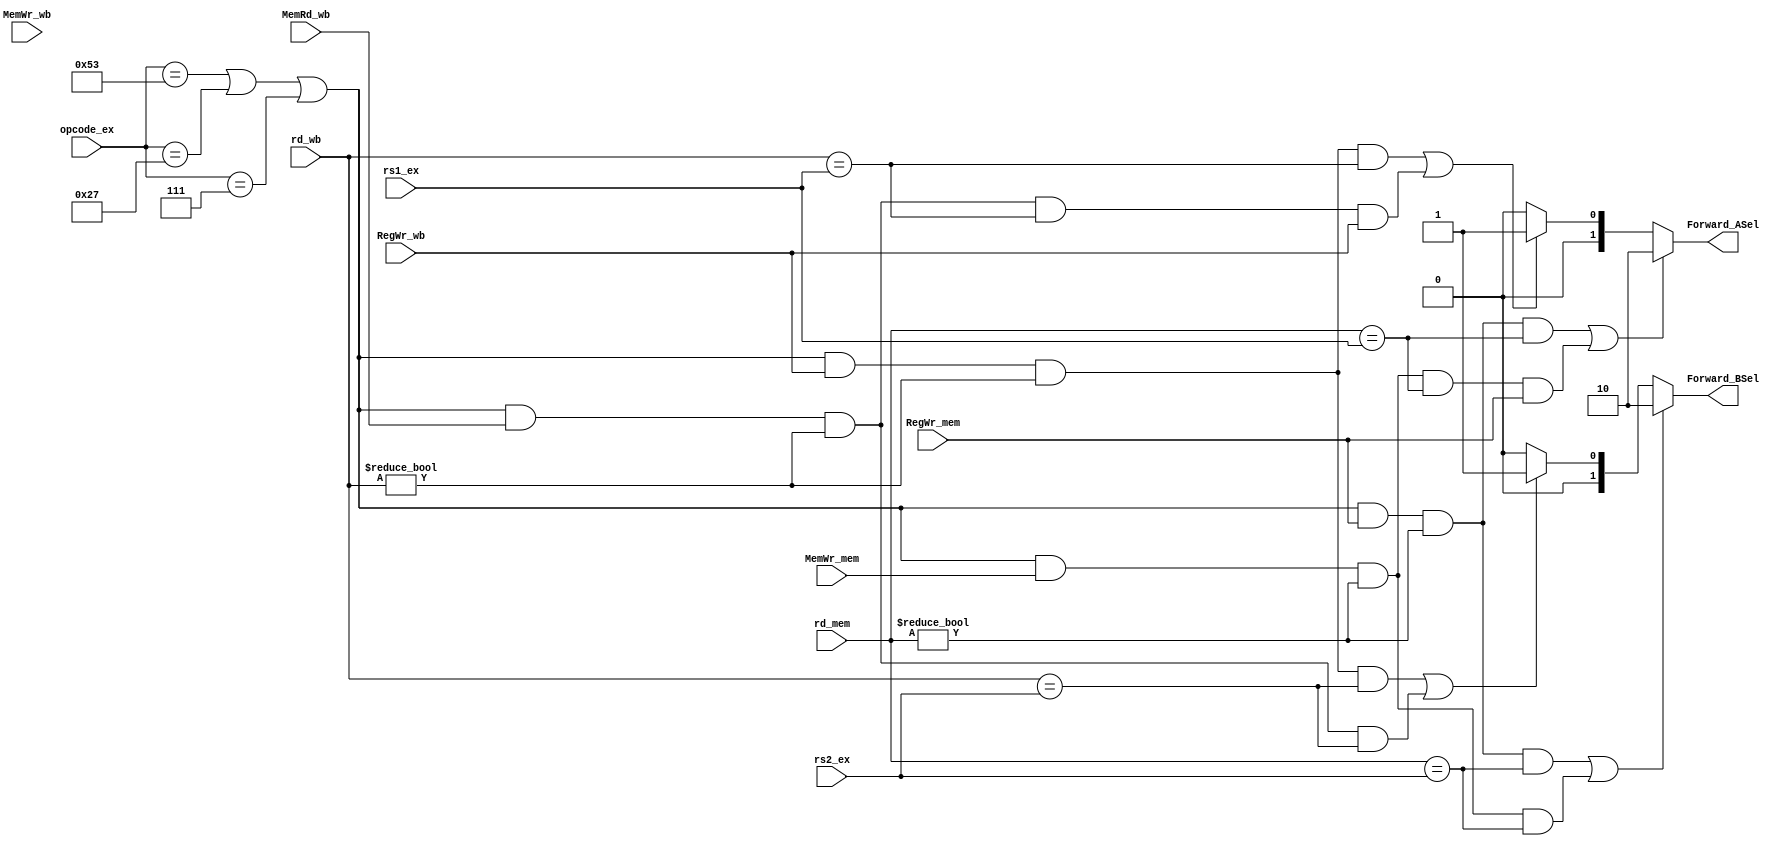
// FPU basic data hazard resolved by using Forwarding unit

module Forwarding_Unit_FP (
    input  wire [4:0]  rs1_ex     , // from Reg_ID_EX
    input  wire [4:0]  rs2_ex     , // from Reg_ID_EX
    input  wire [4:0]  rd_mem     , // from Reg_EX_MEM
    input  wire [4:0]  rd_wb      , // from Reg_MEM_WB
    input              RegWr_mem  , // from Reg_EX_MEM
    input              RegWr_wb   , // from Reg_MEM_WB
	input              MemRd_wb   , // from Reg_MEM_WB
	input              MemWr_mem  , // from Reg_EX_MEM
	input              MemWr_wb   , // from Reg_MEM_WB
	input       [6:0]  opcode_ex  ,
    output reg  [1:0]  Forward_ASel,
    output reg  [1:0]  Forward_BSel 
  );

//=======================================================
//  REG/WIRE declarations
//=======================================================  
    wire hazard_1a_w;
    wire hazard_2a_w;
    wire hazard_1b_w;
    wire hazard_2b_w;

    wire hazard_1aa_w;
    wire hazard_2aa_w;
    wire hazard_1bb_w;
    wire hazard_2bb_w;
//=======================================================
//  Behavioral coding
//=======================================================
assign hazard_1a_w  = ((opcode_ex == 7'b1010011)||(opcode_ex == 7'b0100111)||(opcode_ex == 7'b0000111)) && (RegWr_mem) && (rd_mem != 5'b00000)&& (rd_mem==rs1_ex);
assign hazard_2a_w  = ((opcode_ex == 7'b1010011)||(opcode_ex == 7'b0100111)||(opcode_ex == 7'b0000111)) && (RegWr_wb)  && (rd_wb!= 5'b00000)  && (rd_wb==rs1_ex);
assign hazard_1b_w  = ((opcode_ex == 7'b1010011)||(opcode_ex == 7'b0100111)||(opcode_ex == 7'b0000111)) && (RegWr_mem) && (rd_mem != 5'b00000)&& (rd_mem==rs2_ex);
assign hazard_2b_w  = ((opcode_ex == 7'b1010011)||(opcode_ex == 7'b0100111)||(opcode_ex == 7'b0000111)) && (RegWr_wb)  && (rd_wb!= 5'b00000)  && (rd_wb==rs2_ex);

assign hazard_1aa_w = ((opcode_ex == 7'b1010011)||(opcode_ex == 7'b0100111)||(opcode_ex == 7'b0000111)) && (MemWr_mem) && (rd_mem != 5'b00000)&& (rd_mem==rs1_ex)&& (RegWr_mem);
assign hazard_2aa_w = ((opcode_ex == 7'b1010011)||(opcode_ex == 7'b0100111)||(opcode_ex == 7'b0000111)) && (MemRd_wb)  && (rd_wb!= 5'b00000)  && (rd_wb==rs1_ex) && (RegWr_wb);
assign hazard_1bb_w = ((opcode_ex == 7'b1010011)||(opcode_ex == 7'b0100111)||(opcode_ex == 7'b0000111)) && (MemWr_mem) && (rd_mem != 5'b00000)&& (rd_mem==rs2_ex);
assign hazard_2bb_w = ((opcode_ex == 7'b1010011)||(opcode_ex == 7'b0100111)||(opcode_ex == 7'b0000111)) && (MemRd_wb)  && (rd_wb!= 5'b00000)  && (rd_wb==rs2_ex);

always @(*)begin
    // The first input ALU
        if (hazard_1a_w || hazard_1aa_w)// EX hazard
            begin
                Forward_ASel = 2'b10; //forwarded from the prior ALU result; type 1a p.296
            end
        else begin 
            if (hazard_2a_w || (hazard_2aa_w /*&& MemWr_wb*/)) // MEM hazard
            begin
                Forward_ASel = 2'b01; //forwarded from DataMem or an earlier ALU result; type 2a p.296
            end
            else begin 
                Forward_ASel = 2'b00; //no data hazard occurs => The first ALU operand comes from the Register File 
            end
        end
    // The second input ALU
	    if (hazard_1b_w || hazard_1bb_w)// EX hazard
            begin
                Forward_BSel = 2'b10; //forwarded from the prior ALU result; type 1b p.296
            end
        else begin 
            if (hazard_2b_w || hazard_2bb_w) // MEM hazard
            begin
               Forward_BSel = 2'b01; //forwarded from DataMem or an earlier ALU result; type 2b p.296
            end
            else begin 
                Forward_BSel = 2'b00; //no data hazard occurs => The second ALU operand comes from the Register File 
            end
        end
    end
endmodule